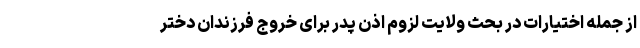
از جمله اختیارات در بحث ولایت لزوم اذن پدر برای خروج فرزندان دختر